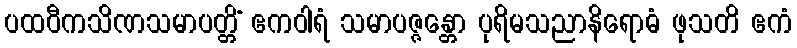
ပထဝီကသိဏသမာပတ္တိံ ဧကဝါရံ သမာပဇ္ဇန္တော ပုရိမသညာနိရောဓံ ဖုသတိ ဧကံ